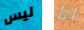
ليس انا